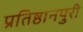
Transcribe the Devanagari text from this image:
प्रतिष्ठानपुरी